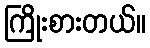
ကြိုးစားတယ်။